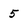
Character: 5